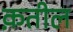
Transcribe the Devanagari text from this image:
क़तील